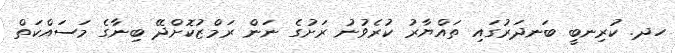
ހދ. ކުރިނބީ ބަނދަރުގައި ތައްޔާރު ކުރެވުނު ރަށުގެ ނަން ރަމްޒުކޮށްދޭ ބިނާގެ މަސައްކަތް